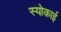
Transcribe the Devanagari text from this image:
स्योकाई